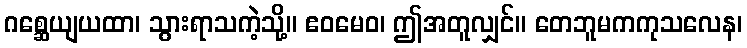
ဂစ္ဆေယျယထာ၊ သွားရာသကဲ့သို့။ ဧဝမေဝ၊ ဤအတူလျှင်။ တေဘူမကကုသလေန၊